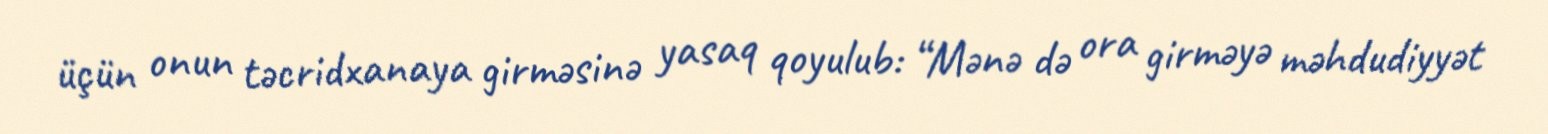
üçün onun təcridxanaya girməsinə yasaq qoyulub: “Mənə də ora girməyə məhdudiyyət